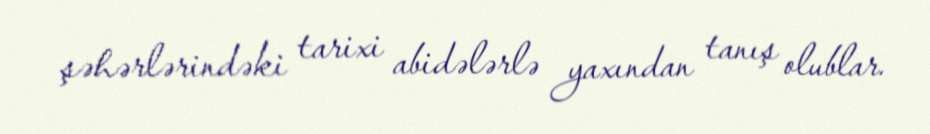
şəhərlərindəki tarixi abidələrlə yaxından tanış olublar.